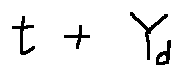
t + Y _ { d }